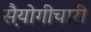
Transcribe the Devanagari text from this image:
स़ैयोगीचारी